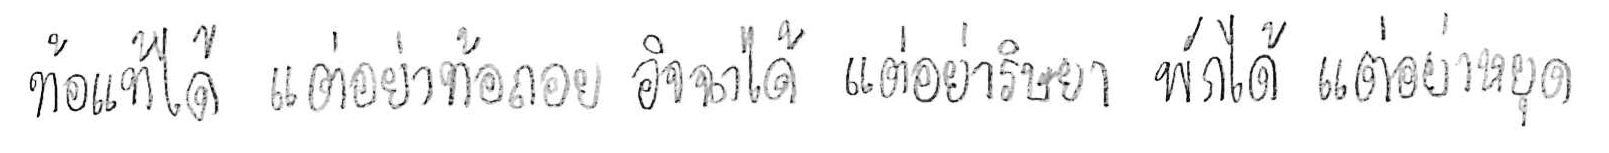
ท้อแท้ได้ แต่อย่าท้อถอย อิจฉาได้ แต่อย่าริษยา พักได้ แต่อย่าหยุด